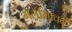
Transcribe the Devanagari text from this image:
मेलीमाधव